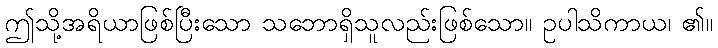
ဤသို့အရိယာဖြစ်ပြီးသော သဘောရှိသူလည်းဖြစ်သော။ ဥပါသိကာယ၊ ၏။